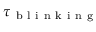
\tau _ { \mathrm { ~ b ~ l ~ i ~ n ~ k ~ i ~ n ~ g ~ } }